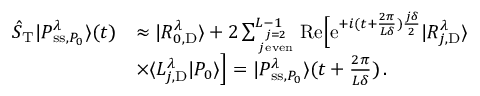
\begin{array} { r l } { \hat { S } _ { \mathrm { T } } | P _ { \mathrm { s s } , P _ { 0 } } ^ { \lambda } \rangle ( t ) } & { \approx | R _ { 0 , \mathrm { D } } ^ { \lambda } \rangle + 2 \sum _ { j = 2 \atop j \, \mathrm { e v e n } } ^ { L - 1 } \mathrm { R e } \Big [ \mathrm { e } ^ { + i ( t + \frac { 2 \pi } { L \delta } ) \frac { j \delta } { 2 } } | R _ { j , \mathrm { D } } ^ { \lambda } \rangle } \\ & { \times \langle L _ { j , \mathrm { D } } ^ { \lambda } | P _ { 0 } \rangle \Big ] = | P _ { \mathrm { s s } , P _ { 0 } } ^ { \lambda } \rangle ( t + \frac { 2 \pi } { L \delta } ) \, . } \end{array}